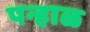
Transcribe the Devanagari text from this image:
पन्हाळ